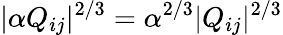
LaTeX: |\alpha Q_{ij}|^{2/3}=\alpha^{2/3}|Q_{ij}|^{2/3}